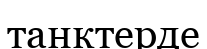
танктерде